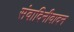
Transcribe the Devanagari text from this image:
संवादिनीवादन